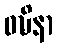
ဝဍ္ဎိနာ